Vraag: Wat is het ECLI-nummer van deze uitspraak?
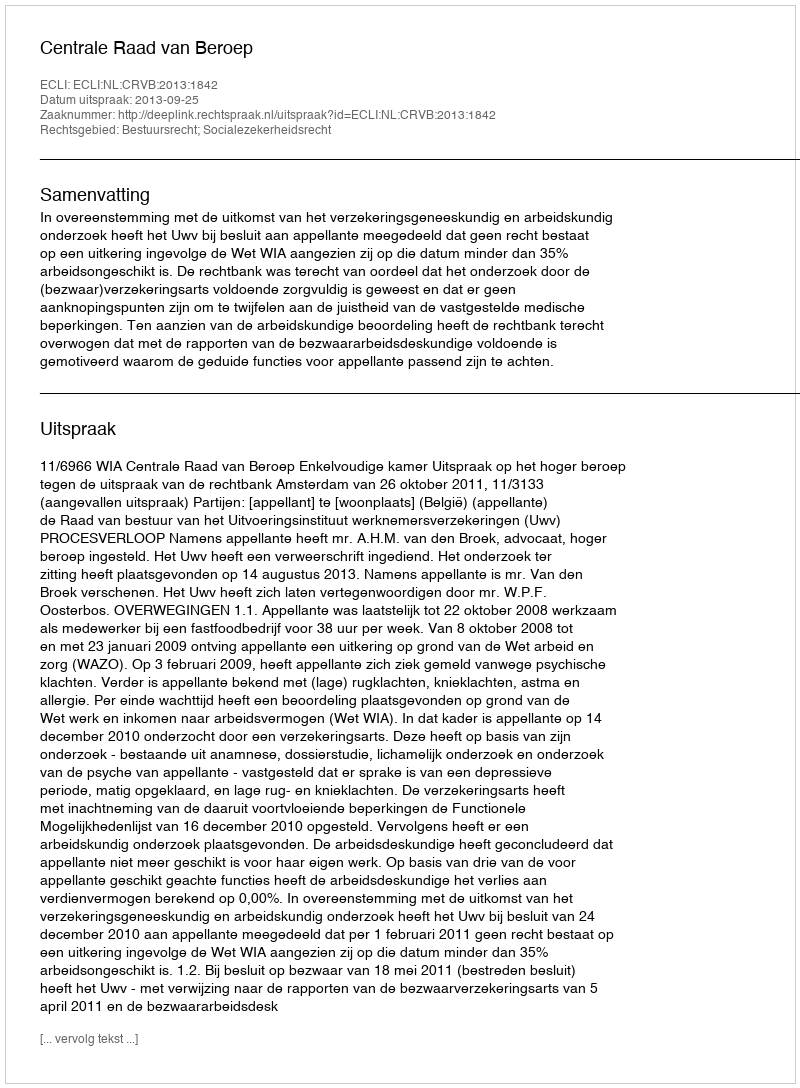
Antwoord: ECLI:NL:CRVB:2013:1842